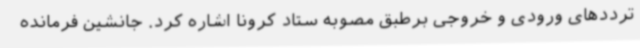
ترددهای ورودی و خروجی برطبق مصوبه ستاد کرونا اشاره کرد. جانشین فرمانده